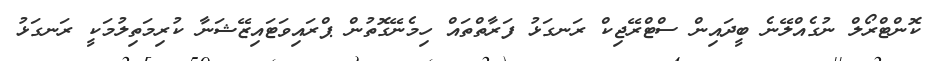
ކޮންޓްރޯލް ނުގެއްލޭނެ ބީދައިން ސްޓްރޭޖިކް ރަނގަޅު ފަރާތްތައް ހިމެނޭގޮތުން ޕްރައިވަޓައިޒޭޝަނާ ކުރިމަތިލުމަކީ ރަނގަޅު